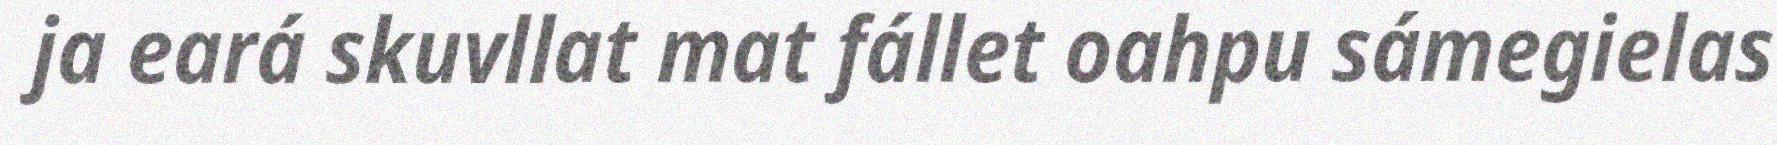
ja eará skuvllat mat fállet oahpu sámegielas